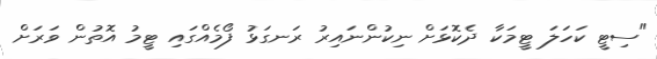
"ސިޓީ ކަހަލަ ޓީމަކާ ދެކޮޅަށް ނިކުންނައިރު ރަނގަޅު ފޯމެއްގައި ޓީމު އޮތުން ވަރަށް